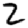
Digit: 2